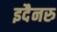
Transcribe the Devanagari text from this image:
इदैनरु